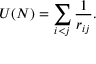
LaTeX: U ( N ) = \sum _ { i < j } { \frac { 1 } { r _ { i j } } } .